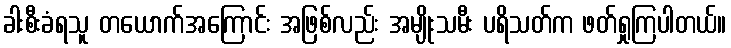
ခါးစီးခံရသူ တယောက်အကြောင်း အဖြစ်လည်း အမျိုးသမီး ပရိသတ်က ဖတ်ရှုကြပါတယ်။